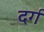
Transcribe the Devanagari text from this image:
दर्ग